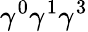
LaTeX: \gamma^{0}\gamma^{1}\gamma^{3}